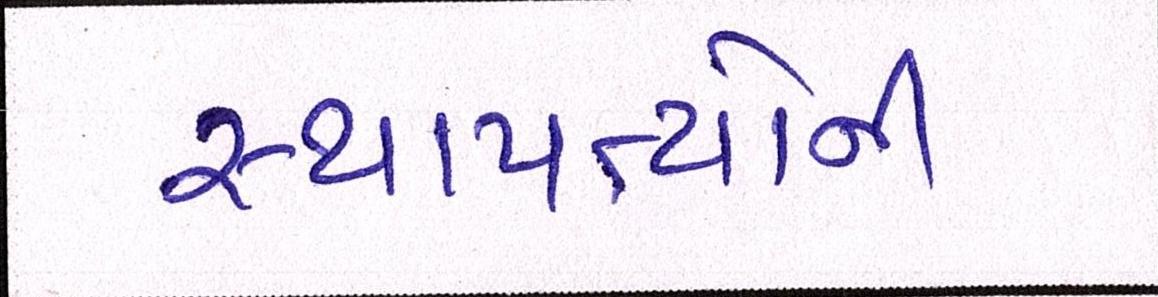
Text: સ્થાપત્યોની